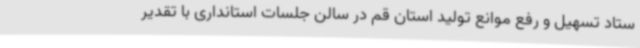
ستاد تسهیل و رفع موانع تولید استان قم در سالن جلسات استانداری با تقدیر